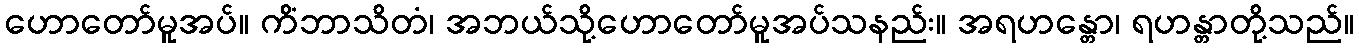
ဟောတော်မူအပ်။ ကိံဘာသိတံ၊ အဘယ်သို့ဟောတော်မူအပ်သနည်း။ အရဟန္တော၊ ရဟန္တာတို့သည်။